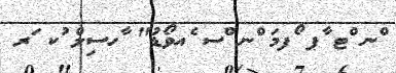
ްނ ްޓ ާޕ ޯފމަ ްނ ްސ ެއވޯޑު" ާހސިލް ުކ ަރ